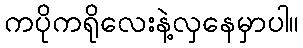
ကပိုကရိုလေးနဲ့လှနေမှာပါ။